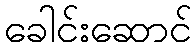
ခေါင်းဆောင်